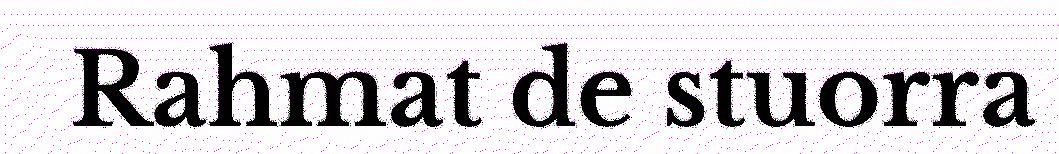
Rahmat de stuorra